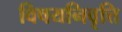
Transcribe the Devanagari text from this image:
विषयनिवृत्ति